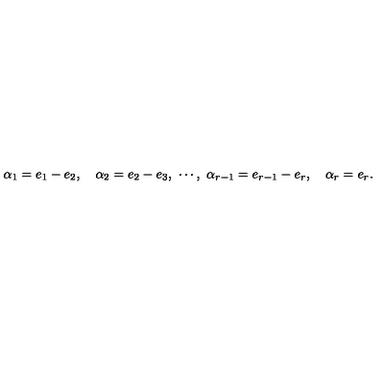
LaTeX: \alpha _ { 1 } = e _ { 1 } - e _ { 2 } , \quad \alpha _ { 2 } = e _ { 2 } - e _ { 3 } , \ \cdots , \ \alpha _ { r - 1 } = e _ { r - 1 } - e _ { r } , \quad \alpha _ { r } = e _ { r } .